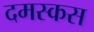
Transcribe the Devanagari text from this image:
दमस्कस